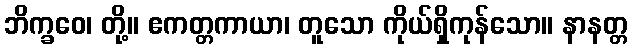
ဘိက္ခဝေ၊ တို့။ ဧကတ္တကာယာ၊ တူသော ကိုယ်ရှိကုန်သော။ နာနတ္တ